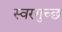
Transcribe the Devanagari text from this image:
स्वरगुच्छ